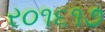
ર૦૧૬૧૭